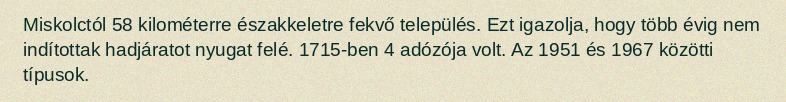
Miskolctól 58 kilométerre északkeletre fekvő település. Ezt igazolja, hogy több évig nem indítottak hadjáratot nyugat felé. 1715-ben 4 adózója volt. Az 1951 és 1967 közötti típusok.